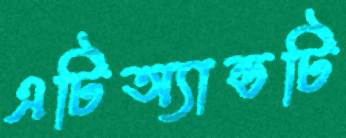
এটিঅ্যান্ডটি